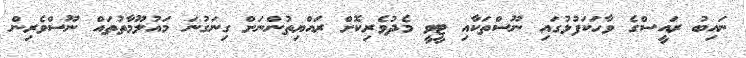
ނައިބު ރައީސްގެ ވާހަކަފުޅުގައި ނޫސްތަކާއި ޓީވީ މެދުވެރިކޮށް ރައްޔިތުންނަށް ގިނަގުނަ މައުލޫމާތުތައް ނޫސްވެރިން